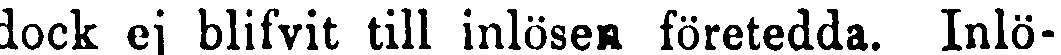
dock ej blifvit till inlösen företedda. Inlö-